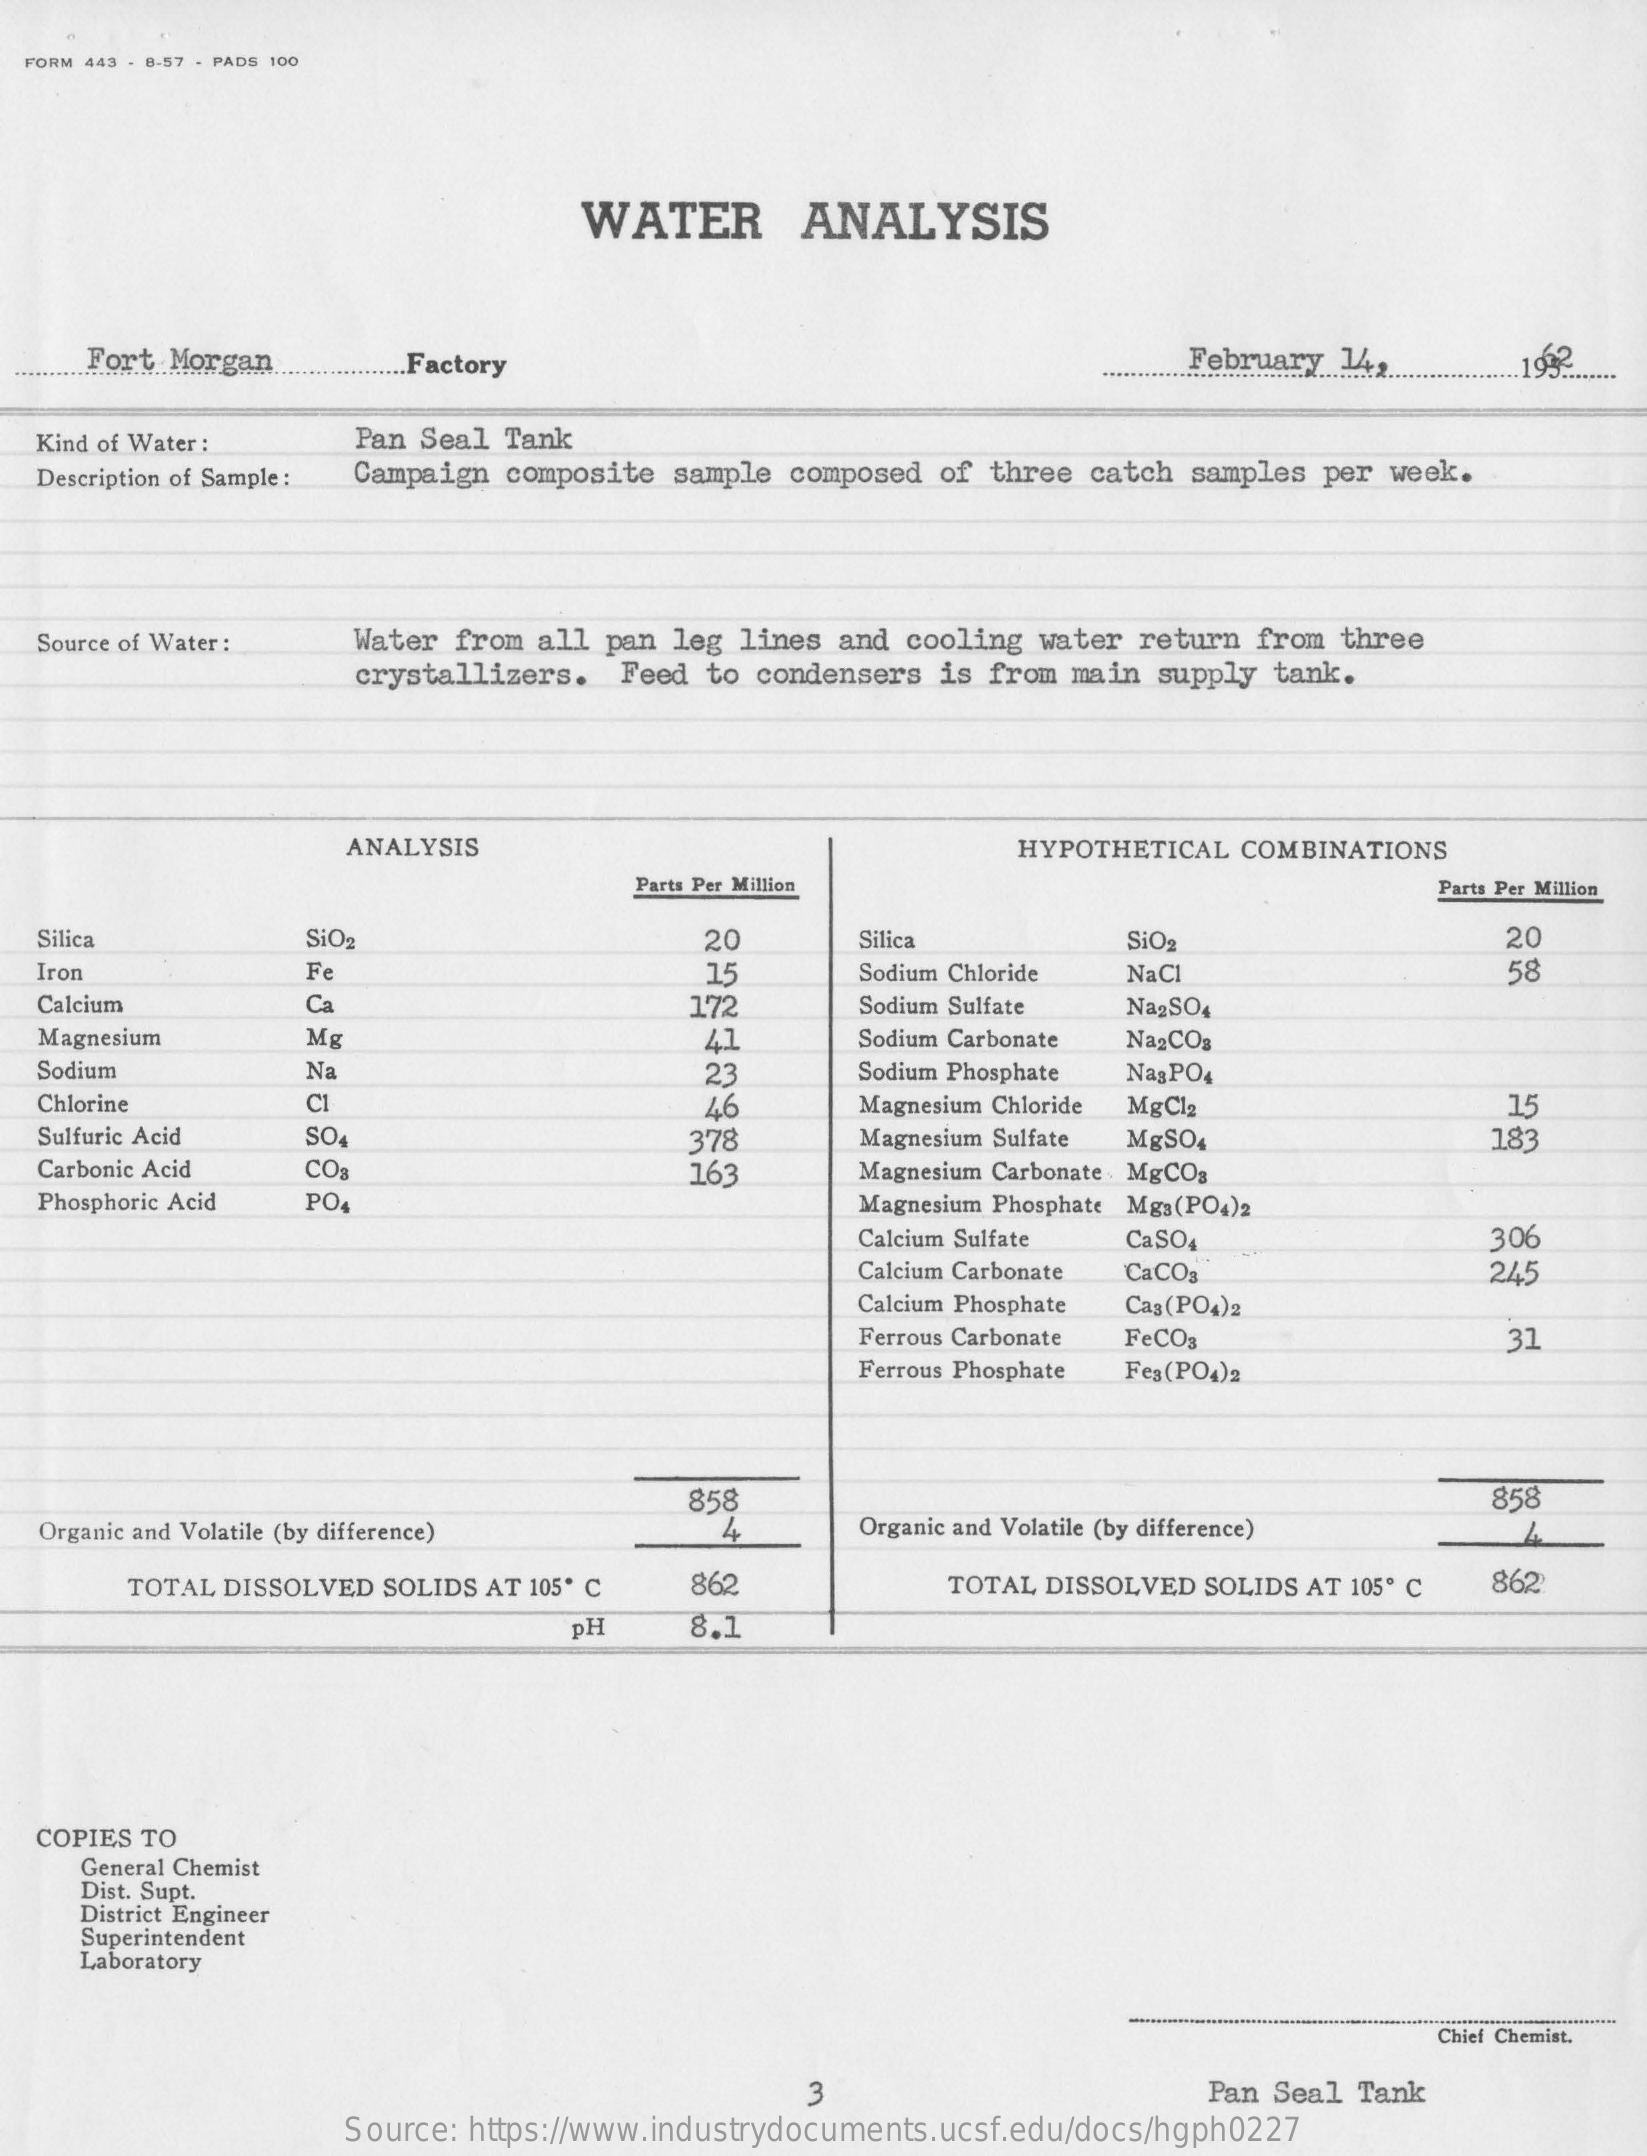
FORM 443 - 8-57 - PADS 100
     WATER    ANALYSIS
     Fort Morgan    .Factory    February 14,
     ........................
  Kind of Water :   Pan Seal Tank
  Description of Sample : Campaign composite sample composed of three catch samples per week.
  Source of Water : Water from all pan leg lines and cooling water return from three
     crystallizers. Feed to condensers is from main supply tank.
     ANALYSIS    HYPOTHETICAL COMBINATIONS
     Parts Per Million    Parts Per Million
  Silica    SiO2    20    Silica    SiO2    20
  Iron    Fe    15    Sodium Chloride NaC    58
  Calcium    Ca    172    Sodium Sulfate Na2SO4
  Magnesium    Mg    41    Sodium Carbonate Na2CO3
  Sodium    Na    23    Nag PO4
  Chlorine    CI    46
     Sodium Phosphate
     Magnesium Chloride MgCl2    15
  Sulfuric Acid  SO4    378    Magnesium Sulfate MgSO4    183
  Carbonic Acid  CO    163    Magnesium Carbonate MgCOg
  Phosphoric Acid PO    Magnesium Phosphate Mgs(PO4)2
     Calcium Sulfate CaSO4
     Calcium Carbonate
     306
     CaCO3    245
     Calcium Phosphate Cag(PO4)2
     Ferrous Carbonate FeCO3    31
     Ferrous Phosphate Fes(PO4)2
  Organic and Volatile (by difference)
     858    858
     4    Organic and Volatile (by difference)
     TOTAL DISSOLVED SOLIDS AT 105º C 862    TOTAL DISSOLVED SOLIDS AT 105º C 862
     pH    8.1
  COPIES TO
     General Chemist
     Dist. Supt.
     District Engineer
     Superintendent
     Laboratory
     Chief Chemist.
     Pan Seal Tank
     Source: https://www.industrydocuments.ucsf.edu/docs/hgph0227